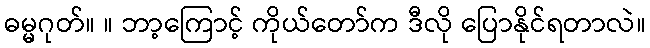
ဓမ္မဂုတ်။ ။ ဘာ့ကြောင့် ကိုယ်တော်က ဒီလို ပြောနိုင်ရတာလဲ။